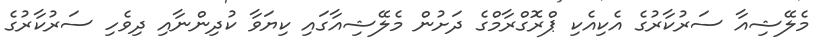
މެލޭޝިއާ ސަރުކާރުގެ އެކިއެކި ޕްރޮގްރާމްގެ ދަށުން މެލޭޝިއާގައި ކިޔަވާ ކުދިންނާއި ދިވެހި ސަރުކާރުގެ